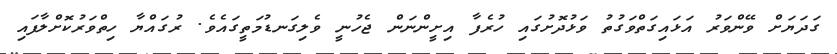
ގަދަޔަށް ވޭންވަރު އަޅައިގަތްވަގުތު ވަޅުދޮށުގައި ހުރެފާ އިށީންނަން ޖެހުނީ ވެލިގަނޑުމަތީގައެވެ. ރުގައްޔާ ހިތްވަރުކޮށްލާފައި